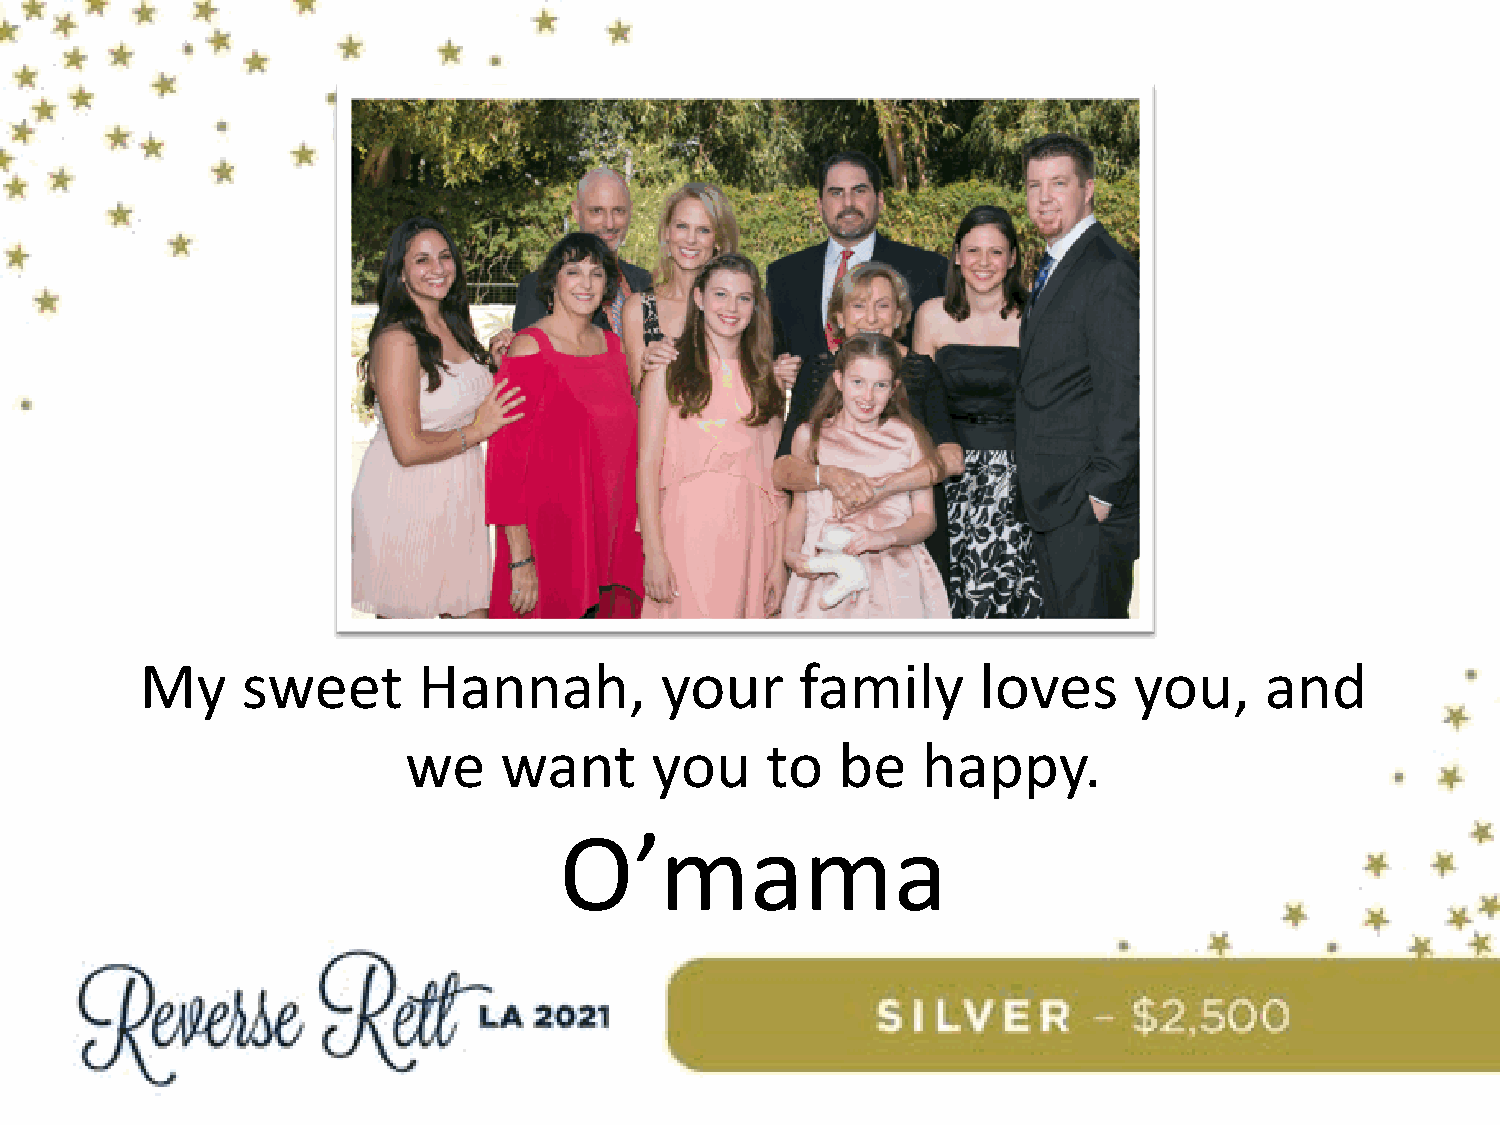
My     sweet       Hannah,         your     family      loves     you,     and
 we    want      you     to   be   happy.
 O’mama